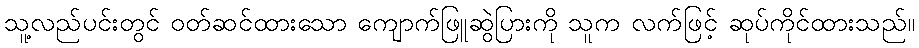
သူ့လည်ပင်းတွင် ဝတ်ဆင်ထားသော ကျောက်ဖြူဆွဲပြားကို သူက လက်ဖြင့် ဆုပ်ကိုင်ထားသည်။